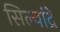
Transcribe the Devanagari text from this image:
सिल्वांद्रे